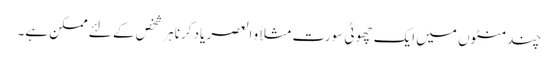
چند منٹوں میں ایک چھوٹی سورت مثلاً و العصر یاد کرنا ہر شخص کے لئے ممکن ہے۔